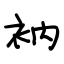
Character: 衲